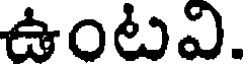
ఉంటవి.